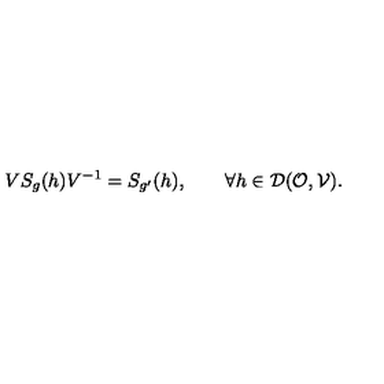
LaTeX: V S _ { g } ( h ) V ^ { - 1 } = S _ { g ^ { \prime } } ( h ) , \quad \quad \forall h \in { \cal D } ( { \cal O } , { \cal V } ) .